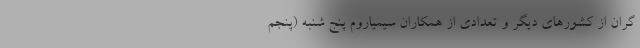
گران از کشورهای دیگر و تعدادی از همکاران سیمیاروم پنج شنبه (پنجم